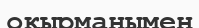
оқырманымен